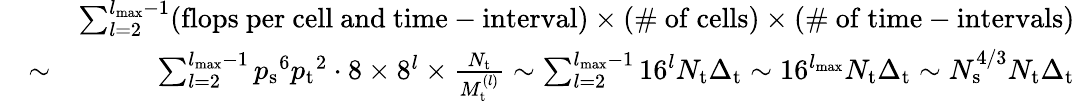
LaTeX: \begin{array}{rlr}&{}&{\sum_{l=2}^{{l_{{\mathrm{max}}}}-1}(\mathrm{flops~per~cell~and~time-interval})\times(\mathrm{\# ~of~cells})\times(\mathrm{\# ~of~time-intervals})}\\ &{\sim}&{\sum_{l=2}^{{l_{{\mathrm{max}}}}-1}{p_{\mathrm{s}}}^{6}{p_{\mathrm{t}}}^{2}\cdot 8\times 8^{l}\times\frac{N_{\mathrm{t}}}{M_{\mathrm{t}}^{(l)}}\sim\sum_{l=2}^{{l_{{\mathrm{max}}}}-1}16^{l}N_{\mathrm{t}}\Delta_{\mathrm{t}}\sim 16^{l_{{\mathrm{max}}}}N_{\mathrm{t}}\Delta_{\mathrm{t}}\sim N_{\mathrm{s}}^{4/3}N_{\mathrm{t}}\Delta_{\mathrm{t}}}\end{array}